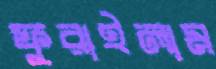
ফুরাইলাম